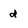
Character: d